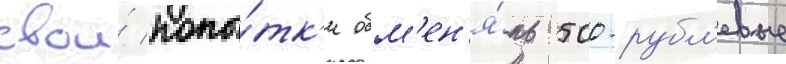
свои́ попы́тк'и обм'ен'я́ть 500-рубл'евые